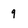
Character: 9